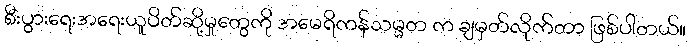
စီးပွားရေးအရေးယူပိတ်ဆို့မှုတွေကို အမေရိကန်သမ္မတ က ချမှတ်လိုက်တာ ဖြစ်ပါတယ်။